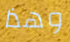
وهذا